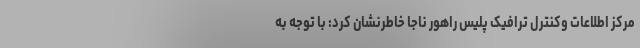
مرکز اطلاعات وکنترل ترافیک پلیس راهور ناجا خاطرنشان کرد: با توجه به